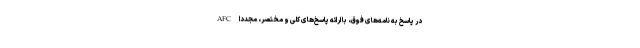
AFC در پاسخ به نامه‌های فوق، با ارائه پاسخ‌های کلی و مختصر، مجدداً